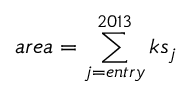
a r e a = \sum _ { j = e n t r y } ^ { 2 0 1 3 } k s _ { j }